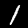
Label: 1